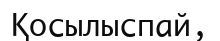
Қосылыспай,